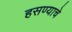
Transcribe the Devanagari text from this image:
हसण्याचे